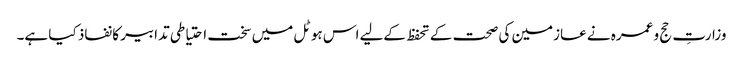
وزارتِ حج و عمرہ نے عازمین کی صحت کے تحفظ کےلیے اس ہوٹل میں سخت احتیاطی تدابیر کا نفاذ کیا ہے۔